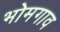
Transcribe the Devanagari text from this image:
भोमगाव